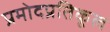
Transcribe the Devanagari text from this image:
प्रमोदप्रतिकूल